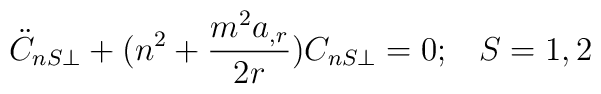
\ddot{C}_{nS\perp}+(n^2+\frac{m^2 a_{,r}}{2r})C_{nS\perp}=0;\;\;\;S=1,2